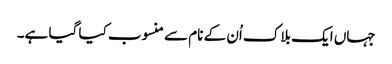
جہاں ایک بلاک اُن کے نام سے منسوب کیا گیا ہے۔